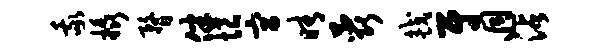
我橇瞀伴恨宫晴蕊较尉迥沾